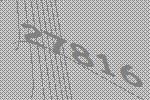
27816